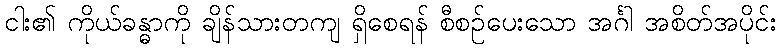
ငါး၏ ကိုယ်ခန္ဓာကို ချိန်သားတကျ ရှိစေရန် စီစဉ်ပေးသော အင်္ဂါ အစိတ်အပိုင်း